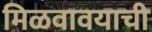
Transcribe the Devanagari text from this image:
मिळवावयाची